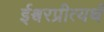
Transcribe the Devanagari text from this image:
ईश्वरप्रीत्यर्थ